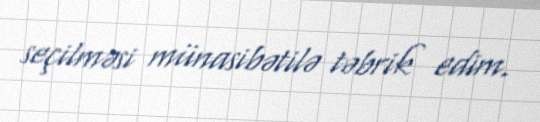
seçilməsi münasibətilə təbrik edim.